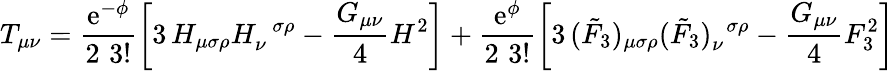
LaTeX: T_{\mu\nu}=\frac{\mathrm{e}^{-\phi}}{2\, \, 3!}\left[3\, H_{\mu\sigma\rho}H_{\nu}^{\, \, \, \sigma\rho}-\frac{G_{\mu\nu}}{4}H^{2}\right]+\frac{\mathrm{e}^{\phi}}{2\, \, 3!}\left[3\, (\tilde{F}_{3})_{\mu\sigma\rho}(\tilde{F}_{3})_{\nu}^{\, \, \, \sigma\rho}-\frac{G_{\mu\nu}}{4}F_{3}^{2}\right]